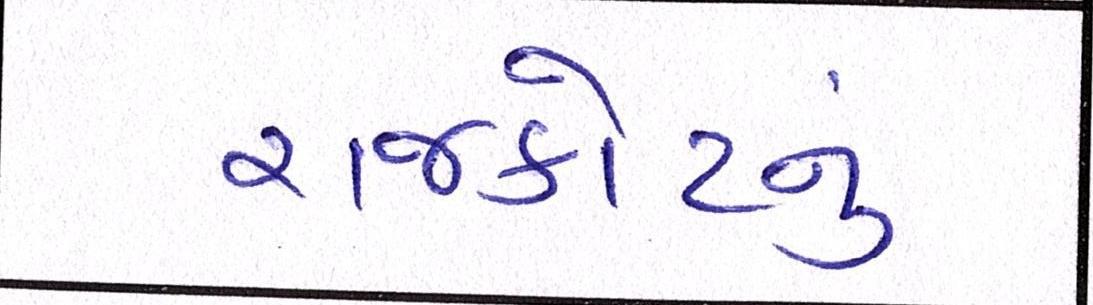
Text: રાજકોટનું